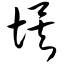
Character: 埃